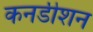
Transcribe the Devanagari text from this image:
कनडीशन